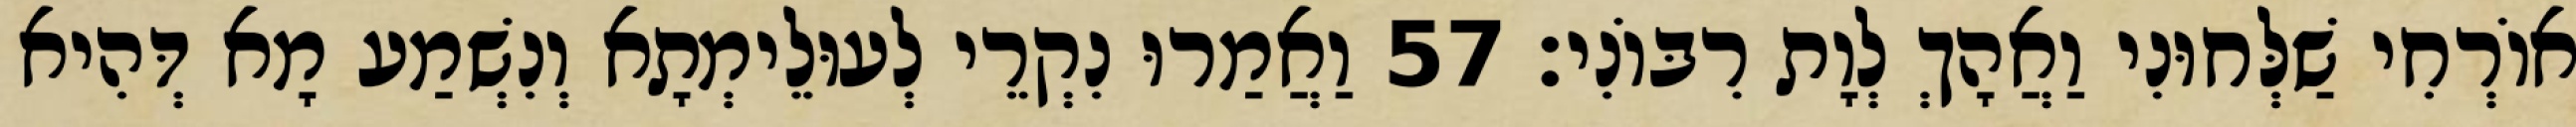
אוֹרְחִי שַׁלְּחוּנִי וַאֲהָךְ לְוָת רִבּוֹנִי׃ 57 וַאֲמַרוּ נִקְרֵי לְעוּלֵימְתָא וְנִשְׁמַע מָא דְּהִיא